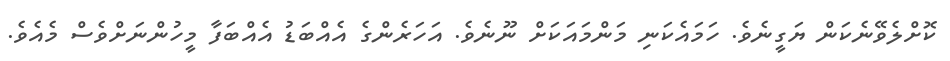
ކޮށްލެވޭނެކަން ޔަގީނެވެ. ހަމައެކަނި މަންމައަކަށް ނޫނެވެ. އަހަރެންގެ އެއްބަޑު އެއްބަފާ މީހުންނަށްވެސް މެއެވެ.